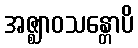
အဇ္ဈာဝသန္တောပိ